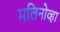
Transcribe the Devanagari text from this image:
मलिनोव्हा